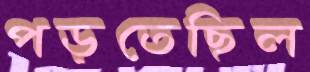
পড়তেছিল